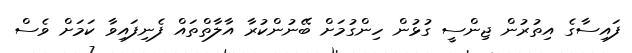
ފައިސާގެ އިތުރުން ޖިންސީ ގުޅުން ހިންގުމަށް ބޭނުންކުރާ އާލާތްތައް ފެނިފައިވާ ކަމަށް ވެސް